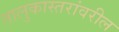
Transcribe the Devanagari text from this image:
तालुकास्तरांवरील